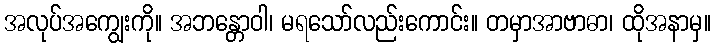
အလုပ်အကျွေးကို။ အဘန္တောဝါ၊ မရသော်လည်းကောင်း။ တမှာအာဗာဓာ၊ ထိုအနာမှ။